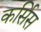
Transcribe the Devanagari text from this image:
कर्सिस